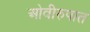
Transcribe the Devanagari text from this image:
ओवीरुपात